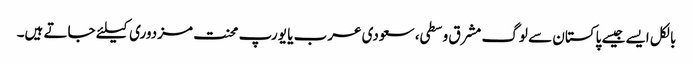
بالکل ایسے جیسے پاکستان سے لوگ مشرق وسطی، سعودی عرب یا یورپ محنت مزدوری کیلئے جاتے ہیں۔